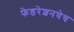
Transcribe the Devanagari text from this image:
फेडरेशनचेच